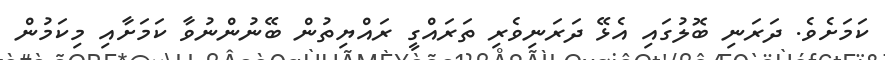
ކަމަށެވެ. ދަރަނި ބޮލުގައި އެޅޭ ދަރަނިވެރި ތަރައްގީ ރައްޔިތުން ބޭނުންނުވާ ކަމަށާއި މިކަމުން